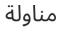
مناولة